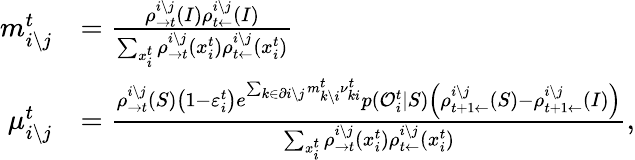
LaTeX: \begin{array}{rl}{m_{i\setminus j}^{t}}&{=\frac{\rho_{\rightarrow t}^{i\setminus j}(I)\rho_{t\leftarrow}^{i\setminus j}(I)}{\sum_{x_{i}^{t}}\rho_{\rightarrow t}^{i\setminus j}(x_{i}^{t})\rho_{t\leftarrow}^{i\setminus j}(x_{i}^{t})}}\\ {\mu_{i\setminus j}^{t}}&{=\frac{\rho_{\rightarrow t}^{i\setminus j}(S)\left(1-\varepsilon_{i}^{t}\right)e^{\sum_{k\in\partial i\setminus j}m_{k\setminus i}^{t}\nu_{ki}^{t}}p(\mathcal{O}_{i}^{t}|S)\left(\rho_{t+1\leftarrow}^{i\setminus j}(S)-\rho_{t+1\leftarrow}^{i\setminus j}(I)\right)}{\sum_{x_{i}^{t}}\rho_{\rightarrow t}^{i\setminus j}(x_{i}^{t})\rho_{t\leftarrow}^{i\setminus j}(x_{i}^{t})},}\end{array}